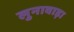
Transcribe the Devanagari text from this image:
लुनावाड़ा